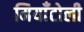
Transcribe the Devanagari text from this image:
मियाँटोली